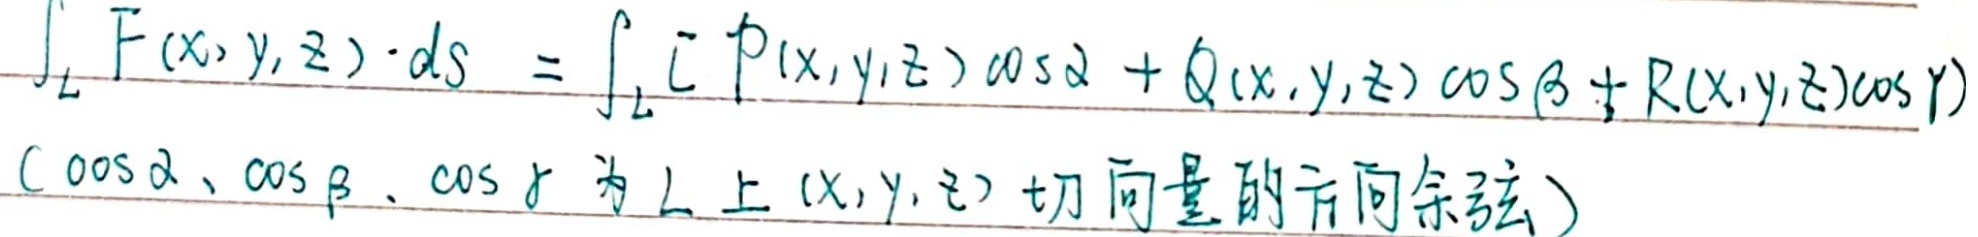
\[
\int_{L} \mathbf{F}(x, y, z) \cdot d\mathbf{s}=\int_{L}[P(x, y, z) \cos\alpha+Q(x, y, z) \cos\beta + R(x, y, z)\cos\gamma]
\]
（\(\cos\alpha、\cos\beta、\cos\gamma\) 为 \(L\) 上 \((x,y,z)\) 切向量的方向余弦）